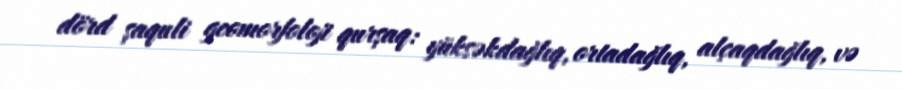
dörd şaquli geomorfoloji qurşaq: yüksəkdağlıq, ortadağlıq, alçaqdağlıq, və